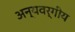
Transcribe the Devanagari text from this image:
अन्यवर्गीय